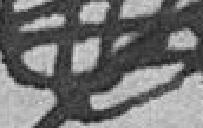
????